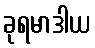
ခုရမာဒါယ